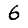
Digit: 6